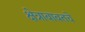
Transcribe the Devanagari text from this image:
क्षेत्राबाबतचे